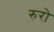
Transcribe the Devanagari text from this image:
रुरो